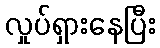
လှုပ်ရှားနေပြီး